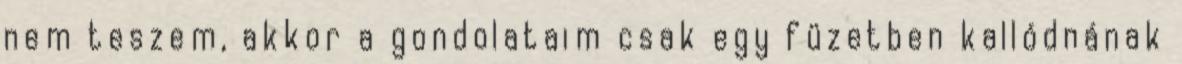
nem teszem, akkor a gondolataim csak egy füzetben kallódnának